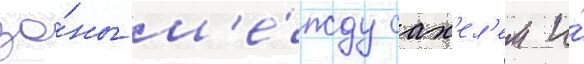
зо́ны м'е́жду сах'ел'ем и́